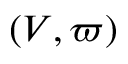
( V , \varpi )